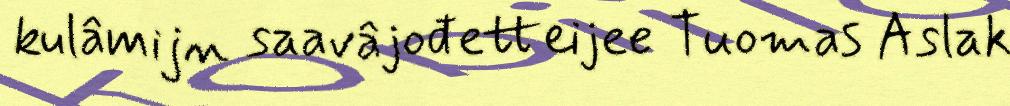
kulâmijn saavâjođetteijee Tuomas Aslak